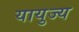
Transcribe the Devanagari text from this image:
यायुज्य